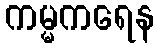
ကမ္မကရေန